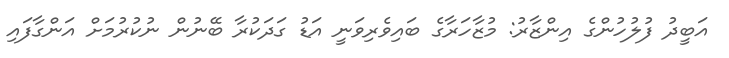
އަބީދު ފުލުހުންގެ އިންޒާރު: މުޒާހަރާގެ ބައިވެރިވަނީ އަޑު ގަދަކުރާ ބޭނުން ނުކުރުމަށް އަންގާފައި